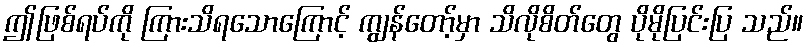
ဤဖြစ်ရပ်ကို ကြားသိရသောကြောင့် ကျွန်တော့်မှာ သိလိုစိတ်တွေ ပိုမိုပြင်းပြ သည်။